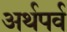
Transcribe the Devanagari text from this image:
अर्थपर्व